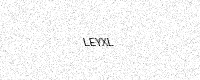
Text: LEYXL